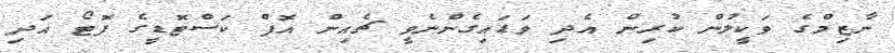
ނާޒިމްގެ ވަކީލުން ކުރިން އެދި ވަޑައިގެންނެވީ ޗެއިން އޮފް ކަސްޓޮޑީގެ ފޮޓޯ އަދި